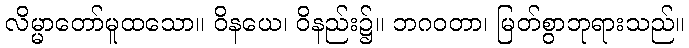
လိမ္မာတော်မူထသော။ ဝိနယေ၊ ဝိနည်း၌။ ဘဂဝတာ၊ မြတ်စွာဘုရားသည်။